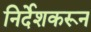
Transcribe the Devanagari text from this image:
निर्देशकरून